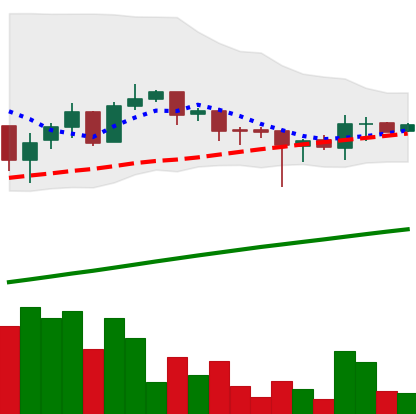
Ticker: LTC-USD
Chart end date: 2017-08-03
Forward return: 13.463%
Label: up_7plus